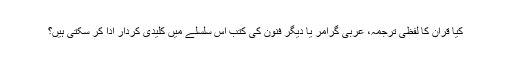
کیا قرآن کا لفظی ترجمہ، عربی گرامر یا دیگر فنون کی کتب اس سلسلے میں کلیدی کردار ادا کر سکتی ہیں؟